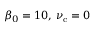
\beta _ { 0 } = 1 0 , \, \nu _ { \mathrm { c } } = 0